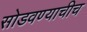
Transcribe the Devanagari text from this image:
सोडवण्याचीच